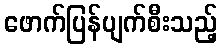
ဖောက်ပြန်ပျက်စီးသည့်